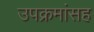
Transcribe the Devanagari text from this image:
उपक्रमांसह